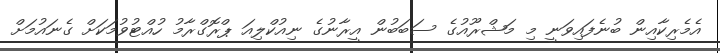
އެމެރިކާއިން ބުނެފައިވަނީ މި މަޝްރޫއުގެ ސަބަބުން އީރާނުގެ ނިއުކްލިއަ ޕްރޮގްރާމު ހުއްޓުވުމަކަށް ގެނައުމަށް